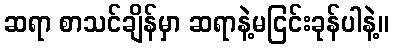
ဆရာ စာသင်ချိန်မှာ ဆရာနဲ့မငြင်းခုန်ပါနဲ့။